Civil Veterinary Department Bihar & Orissa reports 1929-36 - 1929-1936
Year: 1929
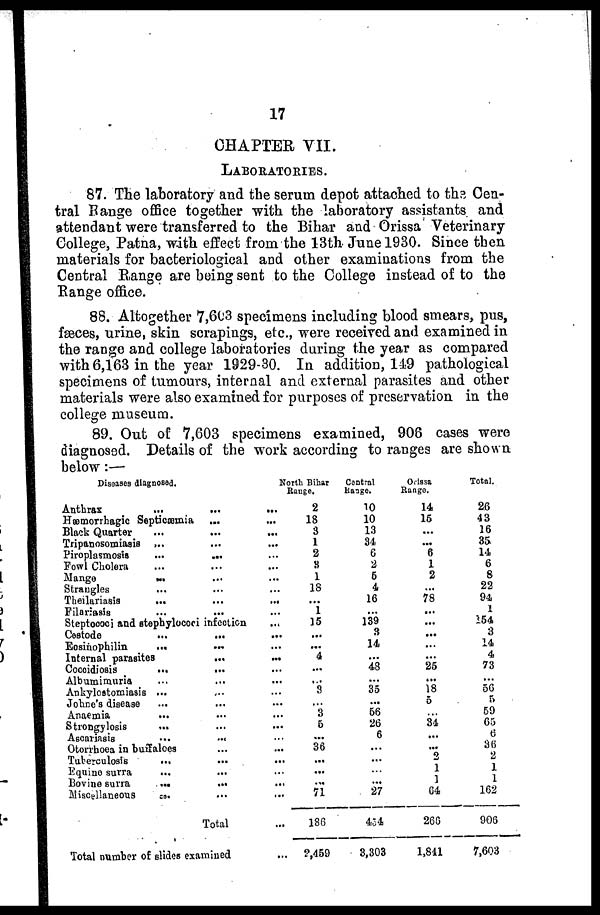
17
CHAPTER VII.
LABORATORIES.
87. The laboratory and the serum depot attached to the Cen-
tral Range office together with the laboratory assistants and
attendant were transferred to the Bihar and Orissa Veterinary
College, Patna, with effect from the 13th June 1930. Since then
materials for bacteriological and other examinations from the
Central Range are being sent to the College instead of to the
Range office.
88. Altogether 7,603 specimens including blood smears, pus,
fæces, urine, skin scrapings, etc., were received and examined in
the range and college laboratories during the year as compared
with 6,163 in the year 1929-30. In addition, 149 pathological
specimens of tumours, internal and external parasites and other
materials were also examined for purposes of preservation in the
college museum.
89. Out of 7,603 specimens examined, 906 cases were
diagnosed. Details of the work according to ranges are shown
below :—
Diseases diagnosed.
Anthrax
...
...
...
Hæmorrhagic Septicæmia ... ...
Black Quarter ... ... ...
Tripanosomiasis ... ... ...
Piroplasmosts
...
... ...
Fowl Cholera ... ... ...
Mange ... ... ...
Strangles ... ... ...
Theilariasis ... ... ...
Filariasis
...
... ...
Steptococi and stephylococi infection ...
Cestode
...
... ...
Eosinophilin
... ... ...
Internal parasites
...
...
Coceidiosis ... ... ...
Albumimuria ... ... ...
Ankylostomiasis ... ... ...
Johne's disease ... ... ...
Anaemia
... ... ...
Strongylosis
... ... ...
Ascariasis ... ... ...
Otorrboea in buffaloes ... ...
Tuberculosis
... ... ...
Equine surra ... ... ...
Bovine surra
... ... ...
Miscellaneous ... ... ...
Total ...
Total number of slides examined ...
North Bihar
Range.
2
18
3
1
2
3
1
18
...
1
15
...
...
4
...
...
3
...
3
5
...
36
...
...
...
71
186
2,459
Central
Range.
10
10
13
31
6
2
6
4
16
...
139
3
14
... 48
...
35
...
56
26
6
...
...
...
...
27
454
3,303
Orissa
Range.
14
16
...
...
6
1
2
...
78
...
...
...
...
... 25
...
18
5
34
...
...
1
1
1
64
266
1,841
Total.
26
43
16
35
14
6
8
22
94
1
154
3
14
4
73
...
56
5
59
65
6
36
1
1
1
162
906
7,603